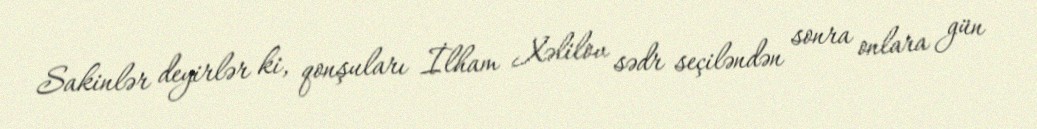
Sakinlər deyirlər ki, qonşuları İlham Xəlilov sədr seçiləndən sonra onlara gün